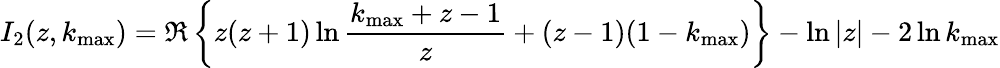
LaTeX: I_{2}(z,k_{\mathrm{max}})=\Re\left\{ z(z+1)\ln\frac{k_{\mathrm{max}}+z-1}{z}+(z-1)(1-k_{\mathrm{max}})\right\} -\ln|z|-2\ln k_{\mathrm{max}}